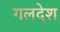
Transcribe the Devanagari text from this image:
गलदेश